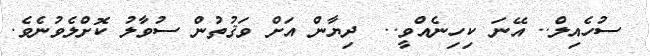
ސުހެއިލް.. އޭނަ ކިހިނެއްވީ..  ދިޔާން އަށް ވަޤުތުން ސުވާލު ކޮށްލެވުނެވެ.